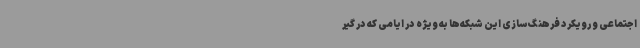
اجتماعی و رویکرد فرهنگ سازی این شبکه‌ها به ویژه در ایامی که در گیر